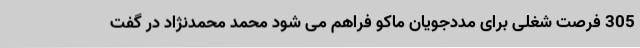
305 فرصت شغلی برای مددجویان ماکو فراهم می شود محمد محمدنژاد در گفت